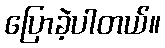
ပြောခဲ့ပါတယ်။